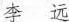
李远